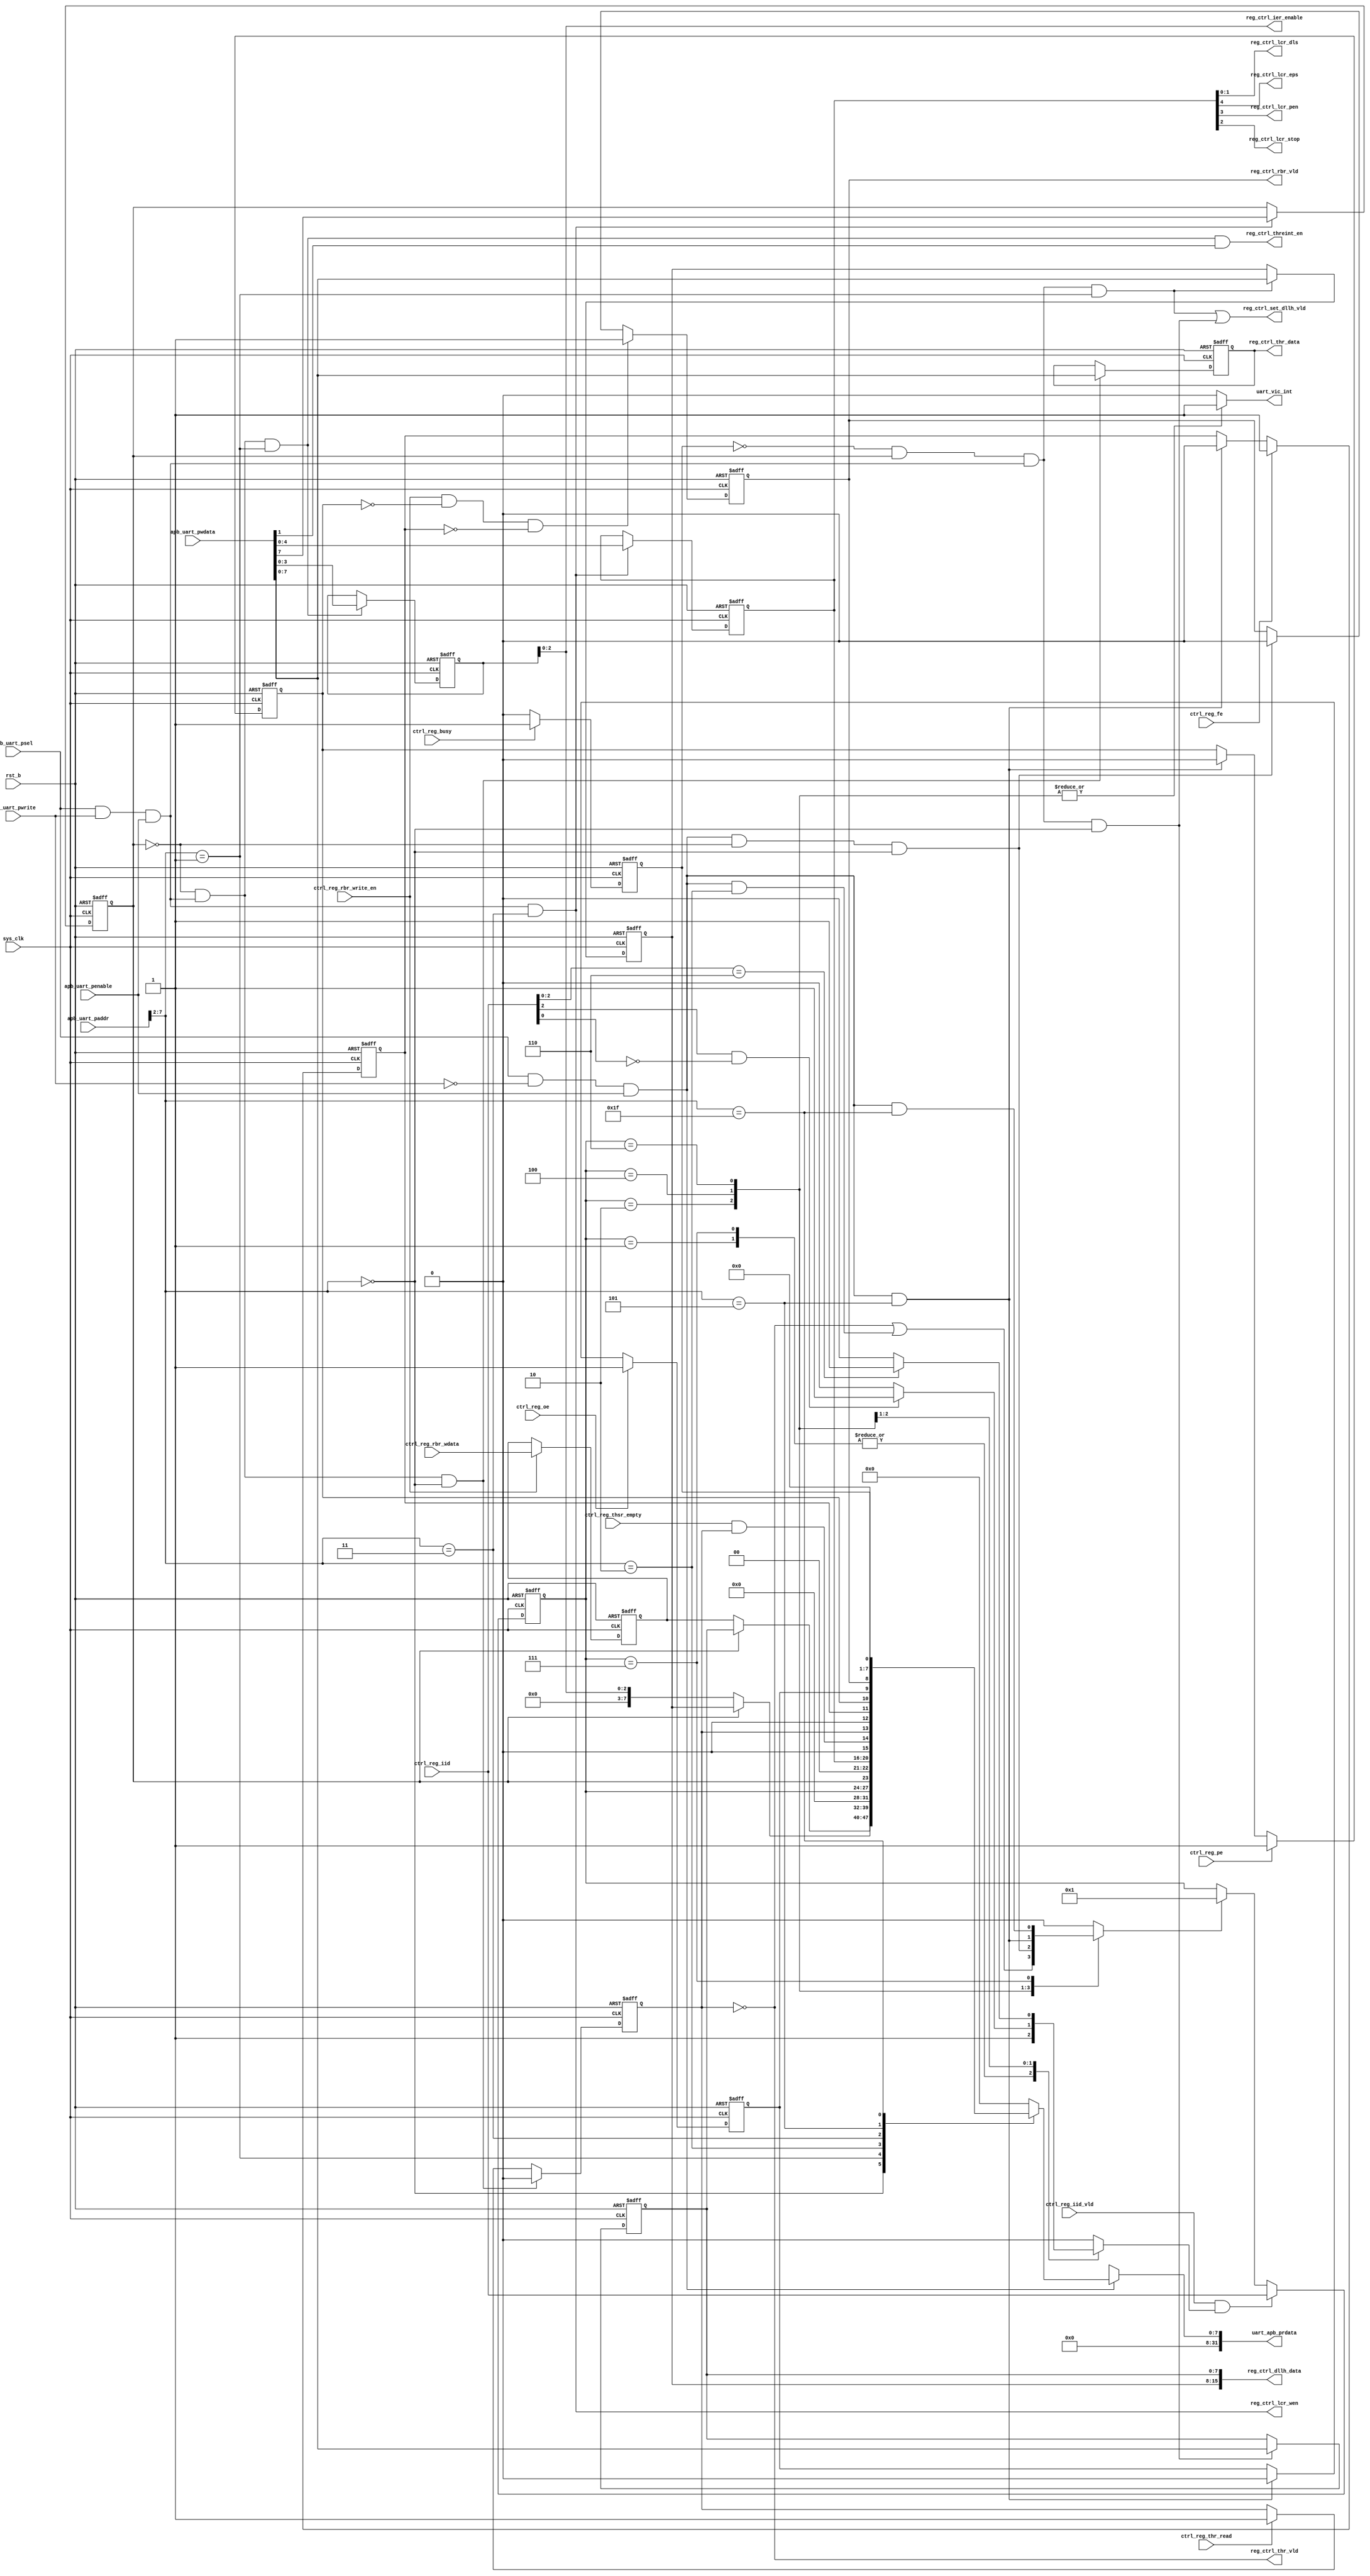
/*Copyright 2020-2021 T-Head Semiconductor Co., Ltd.

Licensed under the Apache License, Version 2.0 (the "License");
you may not use this file except in compliance with the License.
You may obtain a copy of the License at

    http://www.apache.org/licenses/LICENSE-2.0

Unless required by applicable law or agreed to in writing, software
distributed under the License is distributed on an "AS IS" BASIS,
WITHOUT WARRANTIES OR CONDITIONS OF ANY KIND, either express or implied.
See the License for the specific language governing permissions and
limitations under the License.
*/


// &ModuleBeg; @22
module uart_apb_reg(
  apb_uart_paddr,
  apb_uart_penable,
  apb_uart_psel,
  apb_uart_pwdata,
  apb_uart_pwrite,
  ctrl_reg_busy,
  ctrl_reg_fe,
  ctrl_reg_iid,
  ctrl_reg_iid_vld,
  ctrl_reg_oe,
  ctrl_reg_pe,
  ctrl_reg_rbr_wdata,
  ctrl_reg_rbr_write_en,
  ctrl_reg_thr_read,
  ctrl_reg_thsr_empty,
  reg_ctrl_dllh_data,
  reg_ctrl_ier_enable,
  reg_ctrl_lcr_dls,
  reg_ctrl_lcr_eps,
  reg_ctrl_lcr_pen,
  reg_ctrl_lcr_stop,
  reg_ctrl_lcr_wen,
  reg_ctrl_rbr_vld,
  reg_ctrl_set_dllh_vld,
  reg_ctrl_thr_data,
  reg_ctrl_thr_vld,
  reg_ctrl_threint_en,
  rst_b,
  sys_clk,
  uart_apb_prdata,
  uart_vic_int
);

// &Ports; @23
input   [31:0]  apb_uart_paddr;       
input           apb_uart_penable;     
input           apb_uart_psel;        
input   [31:0]  apb_uart_pwdata;      
input           apb_uart_pwrite;      
input           ctrl_reg_busy;        
input           ctrl_reg_fe;          
input   [3 :0]  ctrl_reg_iid;         
input           ctrl_reg_iid_vld;     
input           ctrl_reg_oe;          
input           ctrl_reg_pe;          
input   [7 :0]  ctrl_reg_rbr_wdata;   
input           ctrl_reg_rbr_write_en; 
input           ctrl_reg_thr_read;    
input           ctrl_reg_thsr_empty;  
input           rst_b;                
input           sys_clk;              
output  [15:0]  reg_ctrl_dllh_data;   
output  [2 :0]  reg_ctrl_ier_enable;  
output  [1 :0]  reg_ctrl_lcr_dls;     
output          reg_ctrl_lcr_eps;     
output          reg_ctrl_lcr_pen;     
output          reg_ctrl_lcr_stop;    
output          reg_ctrl_lcr_wen;     
output          reg_ctrl_rbr_vld;     
output          reg_ctrl_set_dllh_vld; 
output  [7 :0]  reg_ctrl_thr_data;    
output          reg_ctrl_thr_vld;     
output          reg_ctrl_threint_en;  
output  [31:0]  uart_apb_prdata;      
output          uart_vic_int;         

// &Regs; @24
reg             iid_priv_vld;         
reg             iir_iid_clr_vld;      
reg     [7 :0]  uart_dlh;             
reg     [7 :0]  uart_dll;             
reg     [3 :0]  uart_ier;             
reg     [3 :0]  uart_iir_iid;         
reg     [4 :0]  uart_lcr;             
reg             uart_lcr_dlab;        
reg             uart_lsr_dr;          
reg             uart_lsr_fe;          
reg             uart_lsr_oe;          
reg             uart_lsr_pe;          
reg             uart_lsr_thre;        
reg     [7 :0]  uart_rbr;             
reg     [7 :0]  uart_reg_data_pre;    
reg     [7 :0]  uart_thr;             
reg             uart_usr;             
reg             uart_vic_int;         

// &Wires; @25
wire            ahb_iir_read_vld;     
wire            ahb_lsr_read_vld;     
wire            ahb_rbr_read_vld;     
wire            ahb_usr_read_vld;     
wire    [31:0]  apb_uart_paddr;       
wire            apb_uart_penable;     
wire            apb_uart_psel;        
wire    [31:0]  apb_uart_pwdata;      
wire            apb_uart_pwrite;      
wire            ctrl_reg_busy;        
wire            ctrl_reg_fe;          
wire    [3 :0]  ctrl_reg_iid;         
wire            ctrl_reg_iid_vld;     
wire            ctrl_reg_oe;          
wire            ctrl_reg_pe;          
wire    [7 :0]  ctrl_reg_rbr_wdata;   
wire            ctrl_reg_rbr_write_en; 
wire            ctrl_reg_thr_read;    
wire            ctrl_reg_thsr_empty;  
wire            dllh_en;              
wire    [7 :0]  endian_wdata;         
wire            iir_iid_write_vld;    
wire            rd_acc;               
wire    [15:0]  reg_ctrl_dllh_data;   
wire    [2 :0]  reg_ctrl_ier_enable;  
wire    [1 :0]  reg_ctrl_lcr_dls;     
wire            reg_ctrl_lcr_eps;     
wire            reg_ctrl_lcr_pen;     
wire            reg_ctrl_lcr_stop;    
wire            reg_ctrl_lcr_wen;     
wire            reg_ctrl_rbr_vld;     
wire            reg_ctrl_set_dllh_vld; 
wire    [7 :0]  reg_ctrl_thr_data;    
wire            reg_ctrl_thr_vld;     
wire            reg_ctrl_threint_en;  
wire            rst_b;                
wire            sys_clk;              
wire    [31:0]  uart_apb_prdata;      
wire            uart_dlh_wen;         
wire            uart_dll_wen;         
wire            uart_ier_wen;         
wire            uart_lcr_wen;         
wire            uart_lsr_temt;        
wire    [7 :0]  uart_reg_data;        
wire    [5 :0]  uart_reg_haddr;       
wire            uart_thr_wen;         
wire            wr_acc;               


parameter          RBR = 6'h00;
parameter          THR = 6'h00;
parameter          DLL = 6'h00;
parameter          DLH = 6'h01;
parameter          IER = 6'h01;
parameter          IIR = 6'h02;
parameter          LCR = 6'h03;
parameter          LSR = 6'h05;
parameter          USR = 6'h1f;

// &Force("bus","apb_uart_paddr",31,0); @37
// &Force("bus","apb_uart_pwdata",31,0); @38
// //&Force("output","uart_ahb_hready_resp"); @39

//==================================================================================
//             write register control signal
//==================================================================================
// define transfer type;
//parameter TRANS_NONSEQ  = 2'b10,
//          TRANS_SEQ     = 2'b11,
//          RESP_OKAY     = 2'b00,
//          RESP_ERROR    = 2'b01;
//assign acc_vld = ((ahb_uart_htrans[1:0] == TRANS_NONSEQ) 
//                 || (ahb_uart_htrans[1:0] == TRANS_SEQ))
//              && ahb_uart_hsel && uart_ahb_hready_resp;
//
//assign rd_acc_pre     = acc_vld && !ahb_uart_hwrite;
//assign wr_acc_pre = acc_vld && ahb_uart_hwrite;
//
//assign uart_ahb_hresp[1:0]  = RESP_OKAY;
//
//parameter S_WRITE   = 2'b10;
//parameter S_IDLE    = 2'b00;
//parameter S_READ    = 2'b01;
//parameter S_RAW     = 2'b11;
//
//always @(posedge sys_clk or negedge rst_b)
//begin
//  if(!rst_b)
//    cur_state[1:0] <= S_IDLE;
//  else
//    cur_state[1:0] <= next_state[1:0];
//end
//
//&CombBeg;
//next_state[1:0] = S_IDLE;
//rd_acc          = 1'b0;
//casez(cur_state[1:0])
//  S_IDLE, 
//  S_READ,
//  S_RAW: begin
//    if(rd_acc_pre)
//    begin
//      rd_acc          = 1'b1;
//      next_state[1:0] = S_READ;
//    end
//    else if(wr_acc_pre)
//      next_state[1:0] = S_WRITE;
//  end
//  S_WRITE: begin
//    if(rd_acc_pre)
//      next_state[1:0] = S_RAW;
//    else if(wr_acc_pre)
//      next_state[1:0] = S_WRITE;
//  end
//  default:next_state[1:0] = 2'bx;        
//endcase
//&CombEnd;
//
//assign wr_acc = (cur_state[1:0]  == S_WRITE); 
// //&Force("output","uart_ahb_hready_resp"); @97
//assign uart_ahb_hready_resp = ~(cur_state[1:0] == S_RAW);
//assign raw = (cur_state[2:0] == S_RAW);
//assign uart_reg_haddr[5:0] = (wr_acc || raw)
//                                         ? uart_addr_lat[5:0]
//                                         : ahb_uart_haddr[7:2];
//// latch address
//// for byte or half word operation, data needs to be swapped. 
//always @(posedge sys_clk or negedge rst_b)
//begin
//  if(!rst_b)
//   uart_addr_lat[5:0] <= 14'b0;
//  else if(uart_ahb_hready_resp)
//  begin
//    uart_addr_lat[5:0] <= ahb_uart_haddr[7:2];
//  end
//end


//assign endian_wdata[7:0]  = i_bigend_b ? ahb_uart_hwdata[7:0] : ahb_uart_hwdata[31:24];
// &Force("bus","ahb_uart_hwdata",31,0); @117
assign endian_wdata[7:0]  = apb_uart_pwdata[7:0];
assign wr_acc  = apb_uart_psel && apb_uart_pwrite && apb_uart_penable;
assign rd_acc  = apb_uart_psel && !apb_uart_pwrite && apb_uart_penable; 
assign uart_reg_haddr[5:0] = apb_uart_paddr[7:2];
//==================================================================================
//          ahb write the uart register
//==================================================================================
assign dllh_en      = !uart_usr && uart_lcr_dlab; 
assign uart_dll_wen = dllh_en && wr_acc && (uart_reg_haddr[5:0] == DLL);
assign uart_dlh_wen = dllh_en && wr_acc && (uart_reg_haddr[5:0] == DLH);
assign uart_thr_wen = !uart_lcr_dlab && wr_acc && (uart_reg_haddr[5:0] == THR);
assign uart_ier_wen = !uart_lcr_dlab && wr_acc && (uart_reg_haddr[5:0] == IER);
assign uart_lcr_wen = wr_acc && (uart_reg_haddr[5:0] == LCR);

always @(posedge sys_clk or negedge rst_b)
begin
  if(!rst_b)
    uart_dll[7:0] <= 8'h0;
  else if(uart_dll_wen)
    uart_dll[7:0] <= endian_wdata[7:0];
end

always @(posedge sys_clk or negedge rst_b)
begin
  if(!rst_b)
    uart_dlh[7:0] <= 8'h0;
  else if(uart_dlh_wen)
    uart_dlh[7:0] <= endian_wdata[7:0];
end

always @(posedge sys_clk or negedge rst_b)
begin
  if(!rst_b)
    uart_thr[7:0] <= 8'h0;
  else if(uart_thr_wen)
    uart_thr[7:0] <= endian_wdata[7:0];
end

  
always @(posedge sys_clk or negedge rst_b)
begin
  if(!rst_b)
    uart_ier[3:0] <= 4'h0;
  else if(uart_ier_wen)
    uart_ier[3:0] <= endian_wdata[3:0] ;
end

always @(posedge sys_clk or negedge rst_b)
begin
  if(!rst_b)
  begin
    uart_lcr_dlab <= 1'b0;
    uart_lcr[4:0] <= 5'h0;
  end
  else if(uart_lcr_wen)
  begin
    uart_lcr_dlab <= endian_wdata[7];
    uart_lcr[4:0] <= endian_wdata[4:0] ;
  end
  else
  begin
    uart_lcr_dlab <= uart_lcr_dlab;
    uart_lcr[4:0] <= uart_lcr[4:0];
  end
end
//==================================================================================
//            ahb read the uart register
//==================================================================================
//always@(posedge sys_clk or negedge rst_b)
//begin
//  if(!rst_b)
//    uart_reg_data[7:0] <= 8'b0;
//  else if(rd_acc)
//    uart_reg_data[7:0] <= uart_reg_data_pre[7:0];
//end
assign uart_reg_data[7:0] = rd_acc ? uart_reg_data_pre[7:0] : 8'bx;
// &CombBeg; @194
always @( uart_dll[7:0]
       or uart_lsr_fe
       or uart_ier[2:0]
       or uart_dlh[7:0]
       or uart_lsr_oe
       or uart_iir_iid[3:0]
       or uart_rbr[7:0]
       or uart_lcr_dlab
       or uart_usr
       or uart_lsr_pe
       or uart_lsr_temt
       or uart_reg_haddr[5:0]
       or uart_lsr_thre
       or uart_lcr[4:0]
       or uart_lsr_dr)
begin
case(uart_reg_haddr[5:0])
  RBR: uart_reg_data_pre[7:0] = uart_lcr_dlab ? uart_dll[7:0] : uart_rbr[7:0];
  IER: uart_reg_data_pre[7:0] = uart_lcr_dlab ? uart_dlh[7:0] : {5'b0,uart_ier[2:0]}; 
  IIR: uart_reg_data_pre[7:0] = {4'b0,uart_iir_iid[3:0]};
  LCR: uart_reg_data_pre[7:0] = {uart_lcr_dlab,2'b0,uart_lcr[4:0]};
  LSR: uart_reg_data_pre[7:0] = {1'b0,uart_lsr_temt,uart_lsr_thre,1'b0,
                               uart_lsr_fe,uart_lsr_pe,uart_lsr_oe,uart_lsr_dr};
  USR: uart_reg_data_pre[7:0] = {6'b0,uart_usr};
  default:uart_reg_data_pre[7:0] = 8'b0;     
 endcase 
// &CombEnd; @205
end

//assign uart_ahb_hrdata[31:24] = i_bigend_b ? 8'b0 : uart_reg_data[7:0];
assign uart_apb_prdata[31:0]  = {24'b0,uart_reg_data[7:0]};
// &CombBeg; @209
always @( uart_iir_iid[3:0])
begin
casez(uart_iir_iid[3:0])
  4'b0010:uart_vic_int =1'b1;
  4'b0100:uart_vic_int =1'b1;
  4'b0110:uart_vic_int =1'b1;
  default: uart_vic_int = 1'b0;
endcase
// &CombEnd; @216
end
//==================================================================================
//             Interface with UART_CTRL
//==================================================================================
//==================================================================================
//          UART_CTRL write the uart register
//==================================================================================

always @(posedge sys_clk or negedge rst_b)
begin
  if(!rst_b)
    uart_rbr[7:0] <= 8'b0;
  else if(ctrl_reg_rbr_write_en)
    uart_rbr[7:0] <= ctrl_reg_rbr_wdata[7:0]; 
end


always @(posedge sys_clk or negedge rst_b)
begin
  if(!rst_b)
    uart_iir_iid[3:0] <= 4'b0001;
  else if(iir_iid_write_vld)
    uart_iir_iid[3:0] <= ctrl_reg_iid[3:0];
  else if(iir_iid_clr_vld)
    uart_iir_iid[3:0] <= 4'b0001;
end

assign iir_iid_write_vld = ctrl_reg_iid_vld && iid_priv_vld;

// &CombBeg; @245
always @( uart_iir_iid[3:0]
       or ctrl_reg_iid[2:0])
begin
 casez(uart_iir_iid[3:0])
 4'b0001: iid_priv_vld = 1'b1;
 4'b0111: iid_priv_vld = 1'b1;
 4'b0010: iid_priv_vld = (ctrl_reg_iid[2] && !ctrl_reg_iid[0]) ? 1 : 0;
 4'b0100: iid_priv_vld = (ctrl_reg_iid[2:0] == 3'b110) ? 1 : 0;
 4'b0110: iid_priv_vld = 1'b0;
 default: iid_priv_vld = 1'b0;
 endcase
// &CombEnd; @254
end


// &CombBeg; @257
always @( ahb_rbr_read_vld
       or uart_iir_iid[3:0]
       or ahb_lsr_read_vld
       or uart_lsr_thre
       or ahb_iir_read_vld
       or ahb_usr_read_vld)
begin
 casez(uart_iir_iid[3:0])
  4'b0010: iir_iid_clr_vld = !uart_lsr_thre  || ahb_iir_read_vld;
  4'b0100: iir_iid_clr_vld = ahb_rbr_read_vld;
  4'b0110: iir_iid_clr_vld = ahb_lsr_read_vld;
  4'b0111: iir_iid_clr_vld = ahb_usr_read_vld;
  default: iir_iid_clr_vld = 1'b0;  
  endcase
// &CombEnd; @265
end

  
assign ahb_iir_read_vld = rd_acc && ( uart_reg_haddr[5:0] == IIR );
assign ahb_lsr_read_vld = rd_acc && ( uart_reg_haddr[5:0] == LSR );
assign ahb_usr_read_vld = rd_acc && ( uart_reg_haddr[5:0] == USR );
assign ahb_rbr_read_vld = rd_acc && !uart_lcr_dlab &&( uart_reg_haddr[5:0] == RBR);


always @(posedge sys_clk or negedge rst_b)
begin
  if(!rst_b)
  begin
    uart_lsr_thre <= 1'b1;
  end
  else if(uart_thr_wen)
  begin
    uart_lsr_thre <= 1'b0;
  end
  else if(ctrl_reg_thr_read)  
  begin
    uart_lsr_thre <= 1'b1;
  end
end

assign uart_lsr_temt = ctrl_reg_thsr_empty && uart_lsr_thre;

always @(posedge sys_clk or negedge rst_b)
begin
  if(!rst_b)
    uart_lsr_dr <= 1'b0;
  else if(ctrl_reg_rbr_write_en && !uart_lsr_pe && !uart_lsr_fe)
    uart_lsr_dr <= 1'b1;
  else if(ahb_rbr_read_vld )
    uart_lsr_dr <= 1'b0;
end

always @(posedge sys_clk or negedge rst_b)
begin
  if(!rst_b)
    uart_lsr_fe <= 1'b0;
  else if(ctrl_reg_fe)
    uart_lsr_fe <= 1'b1;
  else if( ahb_lsr_read_vld )
    uart_lsr_fe <= 1'b0;
end
  
always @(posedge sys_clk or negedge rst_b)
begin
  if(!rst_b)
    uart_lsr_pe <= 1'b0;
  else if(ctrl_reg_pe)
    uart_lsr_pe <= 1'b1;
  else if( ahb_lsr_read_vld )
    uart_lsr_pe <= 1'b0;
end
 
always @(posedge sys_clk or negedge rst_b)
begin
  if(!rst_b)
    uart_lsr_oe <= 1'b0;
  else if(ctrl_reg_oe)
    uart_lsr_oe <= 1'b1;
  else if( ahb_lsr_read_vld )
    uart_lsr_oe <= 1'b0;
end

always @(posedge sys_clk or negedge rst_b)
begin
  if(!rst_b)
    uart_usr <= 1'b0;
  else if(ctrl_reg_busy)
    uart_usr <= 1'b1;
  else if(!ctrl_reg_busy)
    uart_usr <= 1'b0;
end
   
//==================================================================================
//             Interface with UART_CTRL
//==================================================================================
assign reg_ctrl_thr_vld         = !uart_lsr_thre;
assign reg_ctrl_thr_data[7:0]   = uart_thr[7:0];
assign reg_ctrl_ier_enable[2:0] = uart_ier[2:0];
assign reg_ctrl_dllh_data[15:0] = {uart_dlh[7:0],uart_dll[7:0]};
assign reg_ctrl_lcr_eps         = uart_lcr[4];
assign reg_ctrl_lcr_pen         = uart_lcr[3];
assign reg_ctrl_lcr_stop        = uart_lcr[2];
assign reg_ctrl_lcr_dls[1:0]    = uart_lcr[1:0];
assign reg_ctrl_rbr_vld         = uart_lsr_dr;
assign reg_ctrl_lcr_wen         = uart_lcr_wen;
assign reg_ctrl_set_dllh_vld    = uart_dlh_wen || uart_dll_wen;
assign reg_ctrl_threint_en      = uart_ier_wen && endian_wdata[1];

// &ModuleEnd;  @358
endmodule